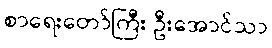
စာရေးတော်ကြီး ဦးအောင်သာ